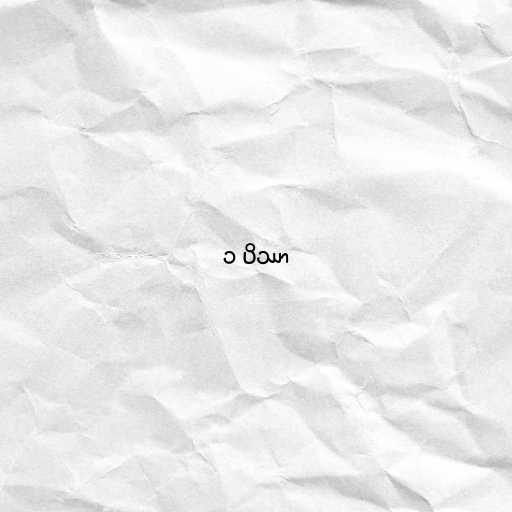
၁ ပိဿာ